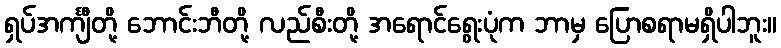
ရှပ်အင်္ကျီတို့ ဘောင်းဘီတို့ လည်စီးတို့ အရောင်ရွေးပုံက ဘာမှ ပြောစရာမရှိပါဘူး။